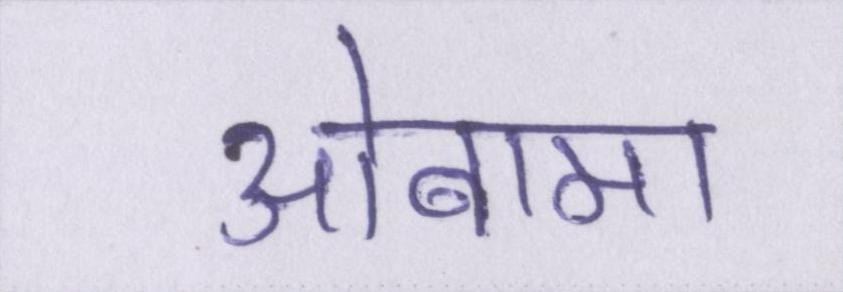
ओबामा